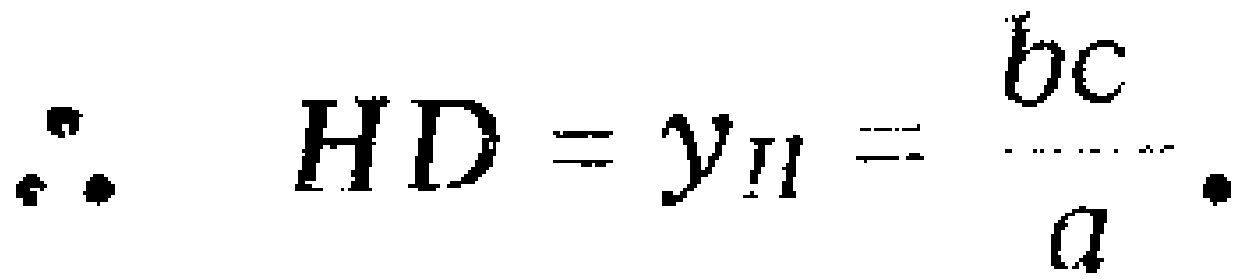
\(\therefore HD = y_H=\frac{bc}{a}.\)